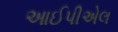
આઈપીએલ